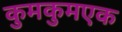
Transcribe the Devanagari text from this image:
कुमकुमएक